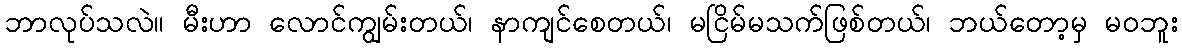
ဘာလုပ်သလဲ။ မီးဟာ လောင်ကျွမ်းတယ်၊ နာကျင်စေတယ်၊ မငြိမ်မသက်ဖြစ်တယ်၊ ဘယ်တော့မှ မဝဘူး